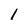
Character: l